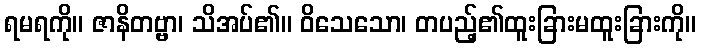
ရမရကို။ ဇာနိတဗ္ဗာ၊ သိအပ်၏။ ဝိသေသော၊ တပည့်၏ထူးခြားမထူးခြားကို။